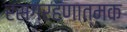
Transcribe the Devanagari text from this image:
रसग्रहणात्मक